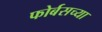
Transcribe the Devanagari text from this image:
फोर्बसच्या